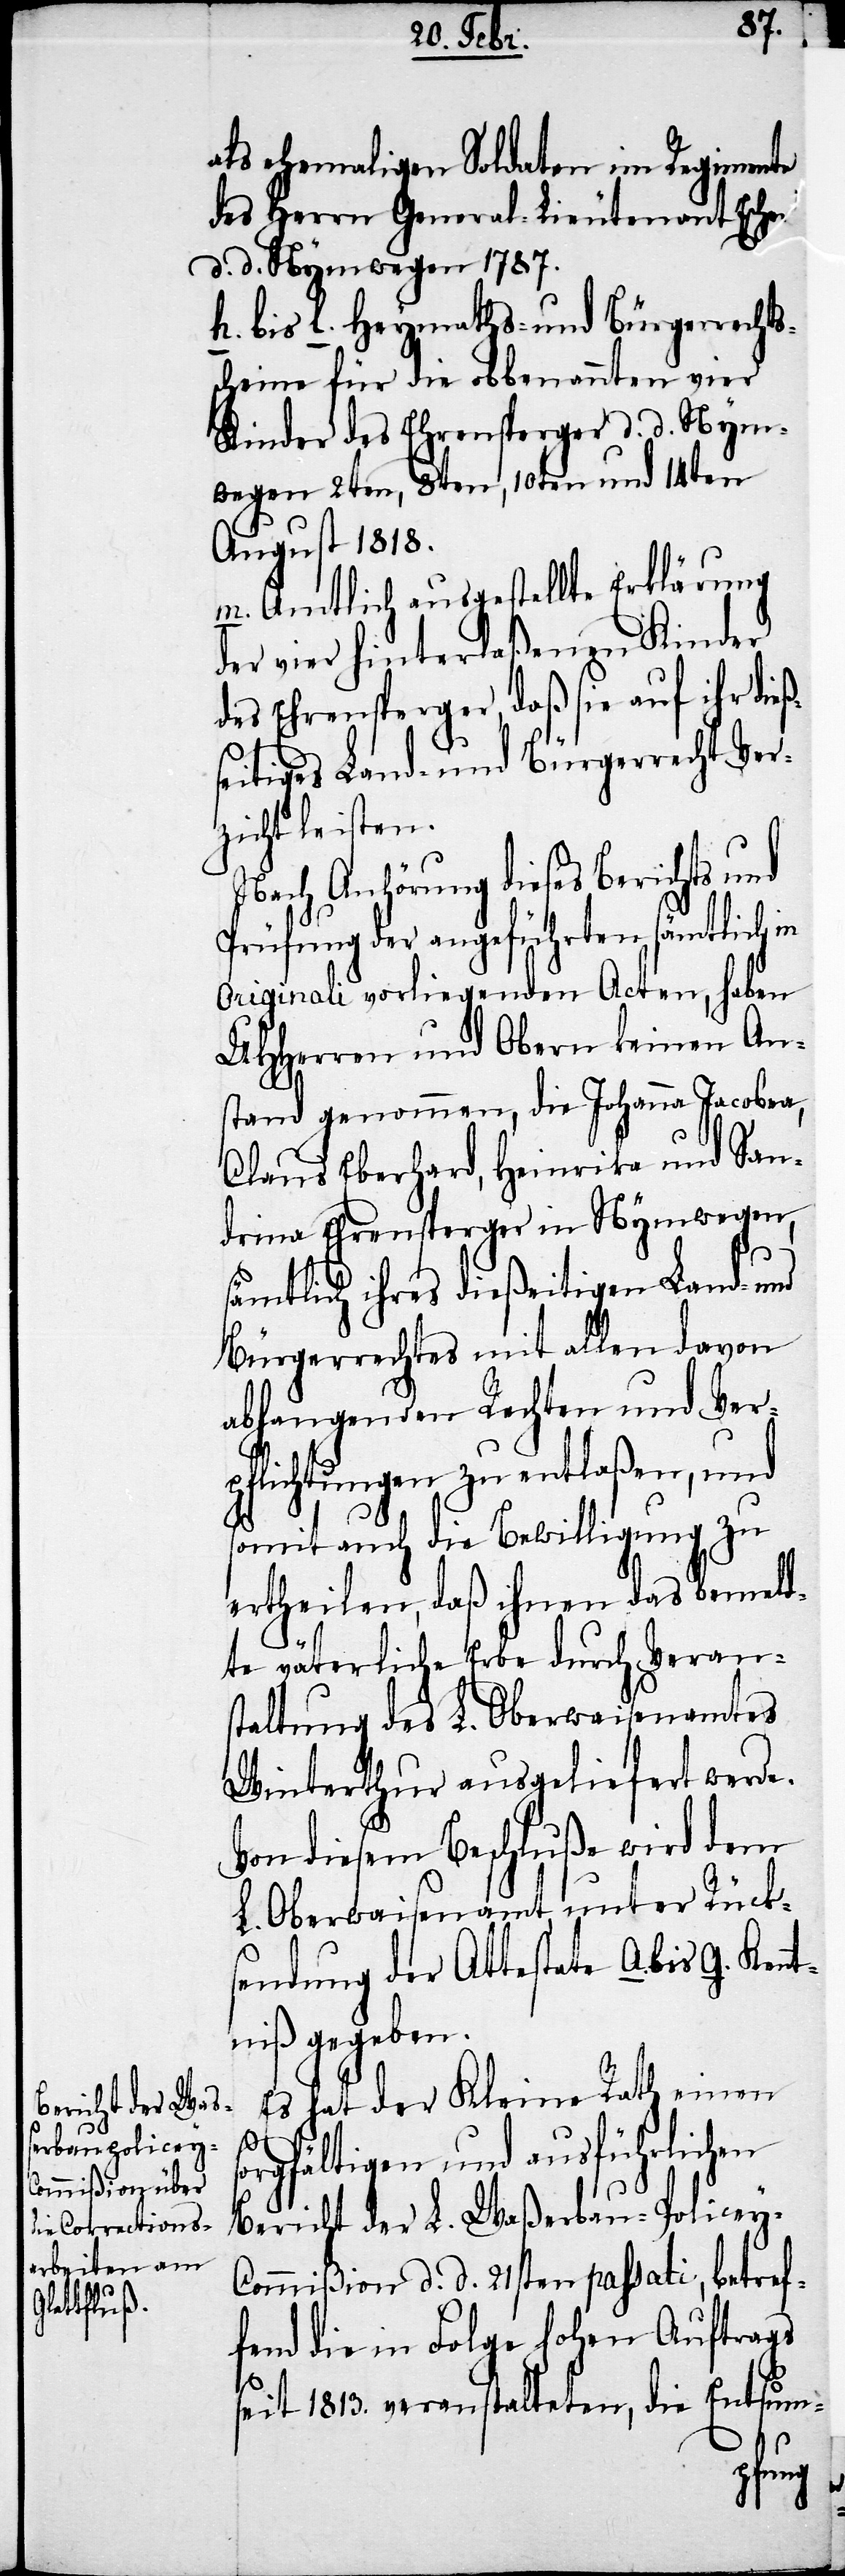
als ehemaligen Soldaten im Regimente
des Herrn General-Lieutenant Escher
d. d. Nymwegen 1787.
h. bis l. Heymaths- und Bürgerrechts¬
scheine für die obbenannten vier
Kinder des Ehrensperger d. d. Nym¬
wegen 2ten, 3ten, 10ten und 14ten
August 1818.
m. Amtlich ausgestellte Erklärung
der vier hinterlaßenen Kinder
des Ehrensperger, daß sie auf ihr dieß¬
seitiges Land- und Bürgerrecht Ver¬
zicht leisten.
Nach Anhörung dieses Berichts
Prüfung der angeführten sämtlich in
originali vorliegenden Acten, haben
UHHerren und Obern keinen An¬
stand genommen, die Johanna Jacobea,
Claus Eberhard, Heinrika [si¬
drina Ehrensperger in Nymwegen,
sämtlich ihres dießeitigen Land- und
Bürgerrechtes mit allen davon
abhangenden Rechten und Ver¬
pflichtungen zu entlaßen, und
somit auch die Bewilligung zu
ertheilen, daß ihnen das bemeld¬
te väterliche Erbe durch Veran¬
staltung des L. Oberwaisenamtes
Winterthur ausgeliefert werde.
Von diesem Beschluße wird dem
L. Oberwaisenamt unter Rück¬
sendung der Attestate a. bis g. Ken¬
ntniß gegeben.
Es hat der Kleine Rath einen
s¬
orgfältigen und ausführlichen
Bericht der L. Waßerbau-Policey-C¬
ommißion d. d. 21sten passati, betref¬
fend die in Folge hohen Auftrags
seit 1819. veranstalteten, die Entsum-
San¬